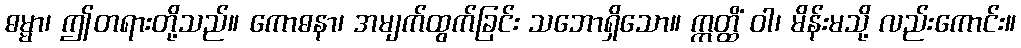
ဓမ္မာ၊ ဤတရားတို့သည်။ ကောဓနာ၊ အမျက်ထွက်ခြင်း သဘောရှိသော။ ဣတ္ထိံ ဝါ၊ မိန်းမသို့ လည်းကောင်း။